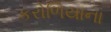
કરોળિયાના